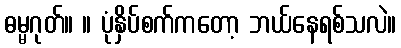
ဓမ္မဂုတ်။ ။ ပုံနှိပ်စက်ကတော့ ဘယ်နေရစ်သလဲ။